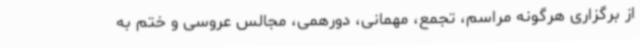
از برگزاری هرگونه مراسم، تجمع، مهمانی، دورهمی، مجالس عروسی و ختم به